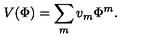
V ( \Phi ) = \sum _ { m } v _ { m } \Phi ^ { m } .